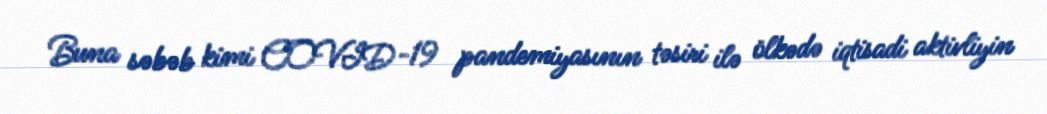
Buna səbəb kimi COVID-19 pandemiyasının təsiri ilə ölkədə iqtisadi aktivliyin